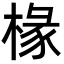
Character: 椽